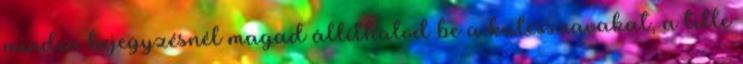
minden bejegyzésnél magad állíthatod be a kulcsszavakat, a title